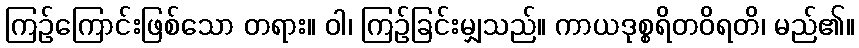
ကြဉ်ကြောင်းဖြစ်သော တရား။ ဝါ၊ ကြဉ်ခြင်းမျှသည်။ ကာယဒုစ္စရိတဝိရတိ၊ မည်၏။